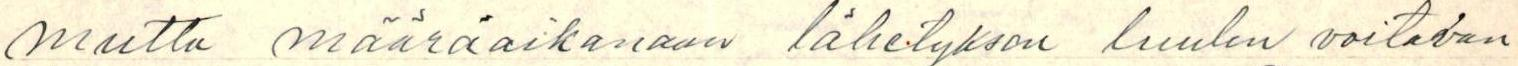
mutta määräaikanaan lähetyksen luulen voitavan